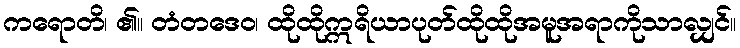
ကရောတိ၊ ၏။ တံတဒေဝ၊ ထိုထိုဣရိယာပုတ်ထိုထိုအမူအရာကိုသာလျှင်။